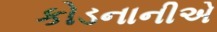
કોડનાનીએ